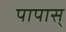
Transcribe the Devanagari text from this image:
पापास्